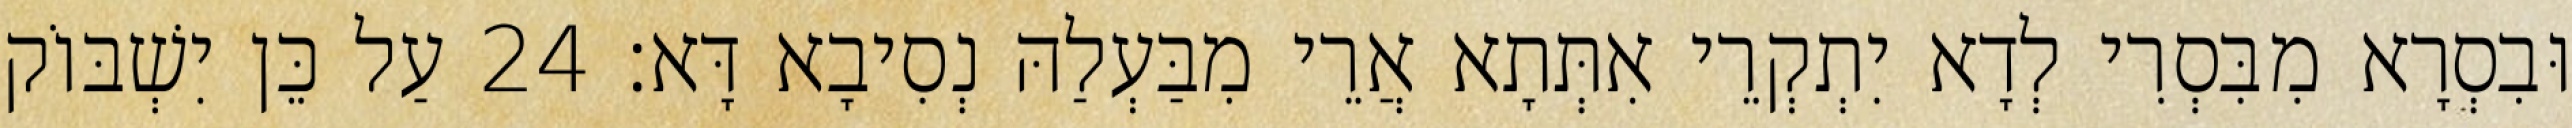
וּבִסְרָא מִבִּסְרִי לְדָא יִתְקְרֵי אִתְּתָא אֲרֵי מִבַּעְלַהּ נְסִיבָא דָּא׃ 24 עַל כֵּן יִשְׁבּוֹק